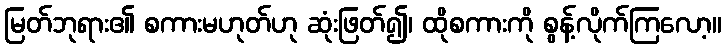
မြတ်ဘုရား၏ စကားမဟုတ်ဟု ဆုံးဖြတ်၍၊ ထိုစကားကို စွန့်လိုက်ကြလော့။